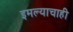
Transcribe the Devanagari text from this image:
इमल्याचाही